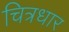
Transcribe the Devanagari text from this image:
चित्रधार